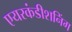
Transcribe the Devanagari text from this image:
एयरकंडीशनिंग